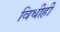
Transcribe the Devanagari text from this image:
विधीही